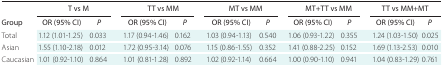
<table><thead><tr><td rowspan="2"><b>Group</b></td><td colspan="2"><b>T vs M</b></td><td colspan="2"><b>TT vs MM</b></td><td colspan="2"><b>MT vs MM</b></td><td colspan="2"><b>MT+TT vs MM</b></td><td colspan="2"><b>TT vs MM+MT</b></td></tr><tr><td><b>OR (95% CI)</b></td><td><b><i>P</i></b></td><td><b>OR (95% CI)</b></td><td><b><i>P</i></b></td><td><b>OR (95% CI)</b></td><td><b><i>P</i></b></td><td><b>OR (95% CI)</b></td><td><b><i>P</i></b></td><td><b>OR (95% CI)</b></td><td><b><i>P</i></b></td></tr></thead><tbody><tr><td>Total</td><td>1.12 (1.01-1.25)</td><td>0.033</td><td>1.17 (0.94-1.46)</td><td>0.162</td><td>1.03 (0.94-1.13)</td><td>0.540</td><td>1.06 (0.93-1.22)</td><td>0.355</td><td>1.24 (1.03-1.50)</td><td>0.025</td></tr><tr><td>Asian</td><td>1.55 (1.10-2.18)</td><td>0.012</td><td>1.72 (0.95-3.14)</td><td>0.076</td><td>1.15 (0.86-1.55)</td><td>0.352</td><td>1.41 (0.88-2.25)</td><td>0.152</td><td>1.69 (1.13-2.53)</td><td>0.010</td></tr><tr><td>Caucasian</td><td>1.01 (0.92-1.10)</td><td>0.864</td><td>1.01 (0.81-1.28)</td><td>0.892</td><td>1.02 (0.92-1.14)</td><td>0.664</td><td>1.00 (0.90-1.10)</td><td>0.941</td><td>1.04 (0.83-1.29)</td><td>0.761</td></tr></tbody></table>